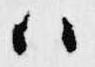
ハ